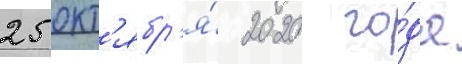
25 окт'ябр'я́ 2020 го́да